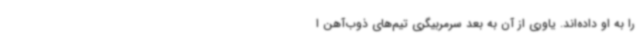
را به او داده‌اند. یاوری از آن به بعد سرمربیگری تیم‌های ذوب‌آهن ا